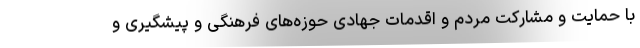
با حمایت و مشارکت مردم و اقدمات جهادی حوزه‌های فرهنگی و پیشگیری و